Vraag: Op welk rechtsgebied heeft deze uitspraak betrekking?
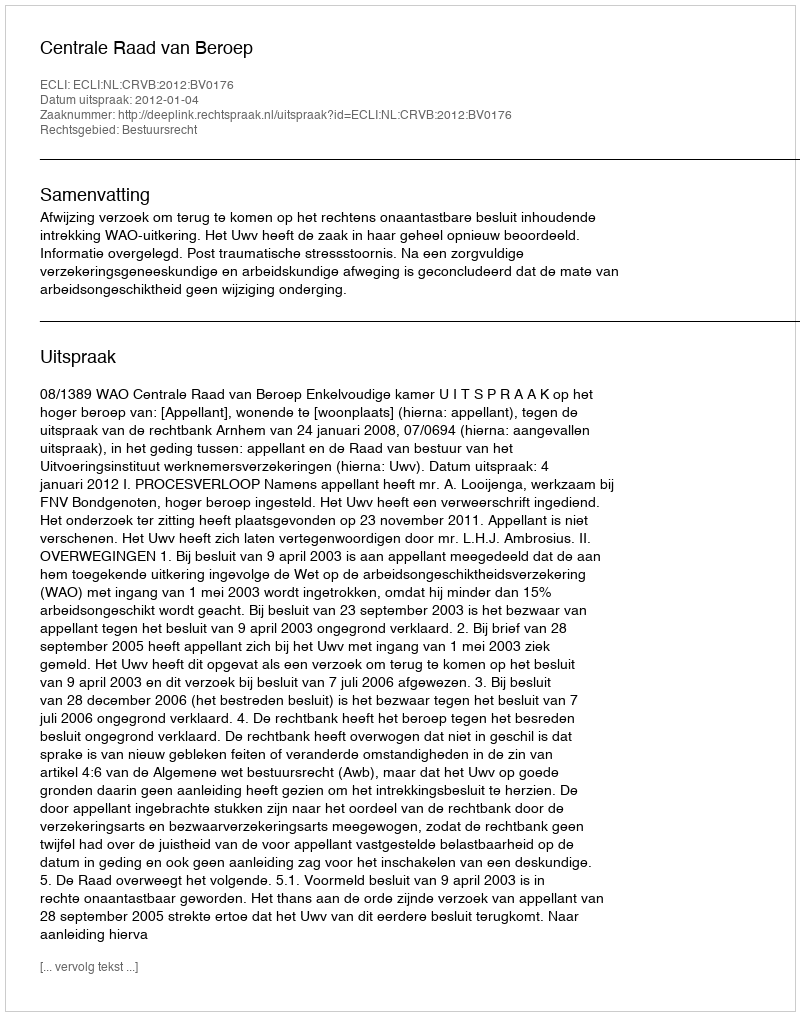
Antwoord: Bestuursrecht